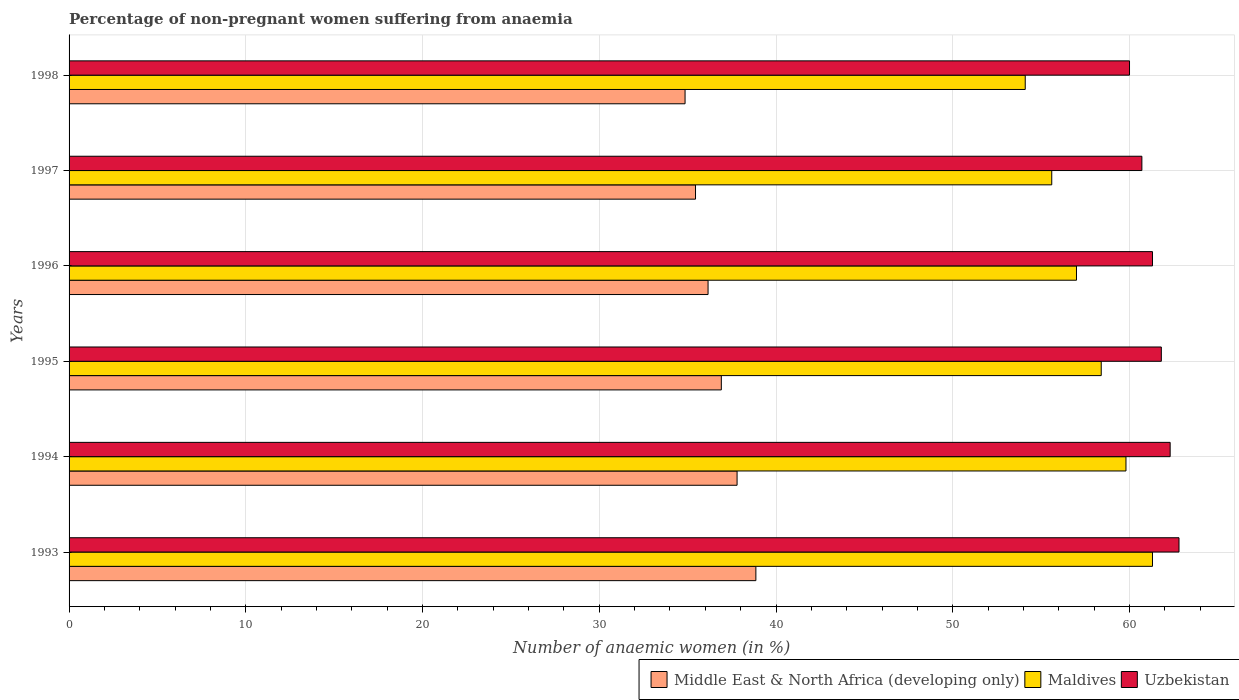
| Years | Middle East & North Africa (developing only) | Maldives | Uzbekistan |
 | --- | --- | --- | --- |
 | 1993 | 38.9 | 61.3 | 62.8 |
 | 1994 | 37.8 | 59.8 | 62.3 |
 | 1995 | 36.9 | 58.4 | 61.8 |
 | 1996 | 36.2 | 57 | 61.3 |
 | 1997 | 35.4 | 55.6 | 60.7 |
 | 1998 | 34.9 | 54.1 | 60 |